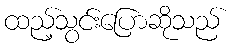
ထည့်သွင်းပြောဆိုသည်